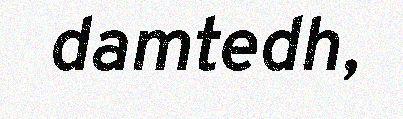
damtedh,